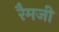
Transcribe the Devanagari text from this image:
रैमजी